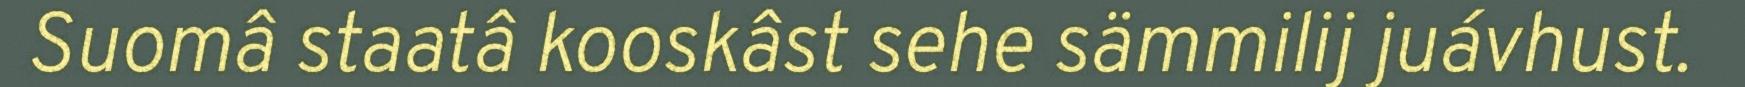
Suomâ staatâ kooskâst sehe sämmilij juávhust.